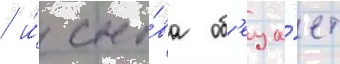
/ и́ сно́ва об'еща́ет